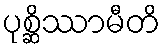
ပုစ္ဆိဿာမီတိ